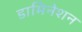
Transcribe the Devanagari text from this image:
डामिनेशन